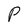
Character: P